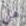
هل